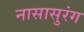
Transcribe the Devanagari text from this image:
नासासुरंग